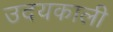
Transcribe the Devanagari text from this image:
उदयकाली